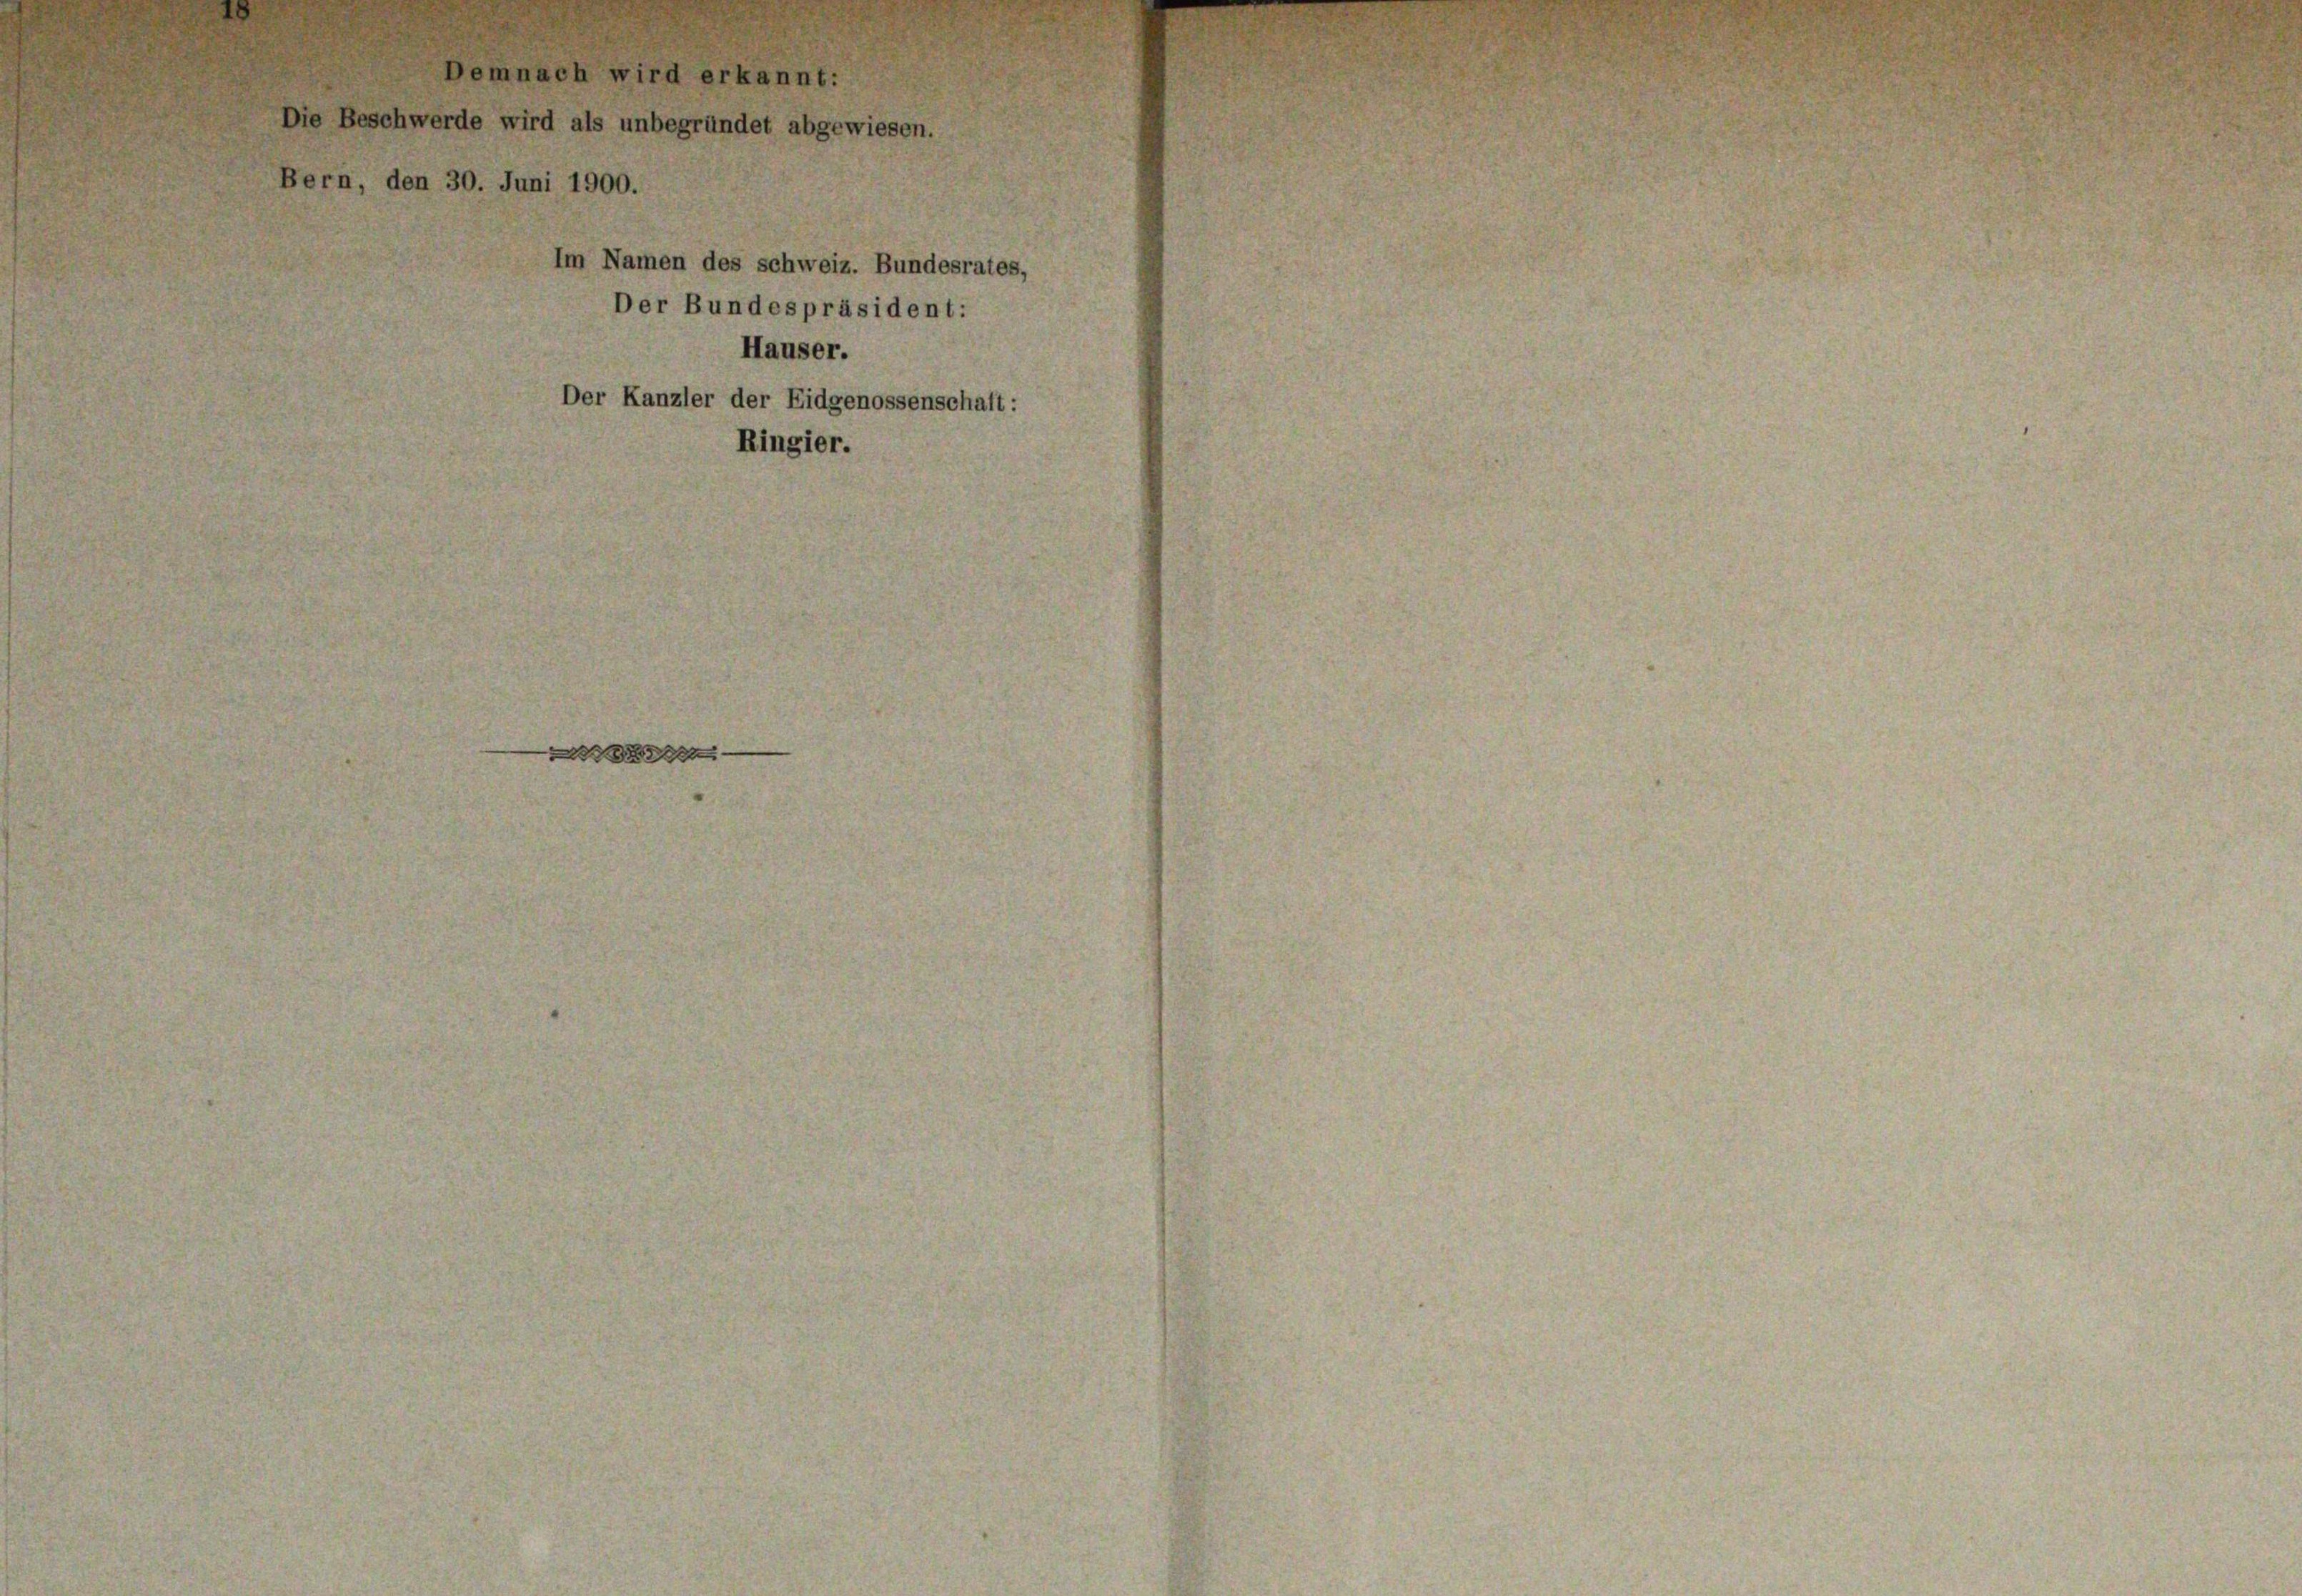
Demnach wird erkannt:
Die Beschwerde wird als unbegründet abgewiesen.
Bern, den 30. Juni 1900.
Im Namen des schweiz. Bundesrates,
Der Bundespräsident:
Häuser.
Der Kanzler der Eidgenossenschaft:
Ringier.

d